Civil Veterinary Dept. North-West Frontier Province 1923-32 - 1923-1932
Year: 1923
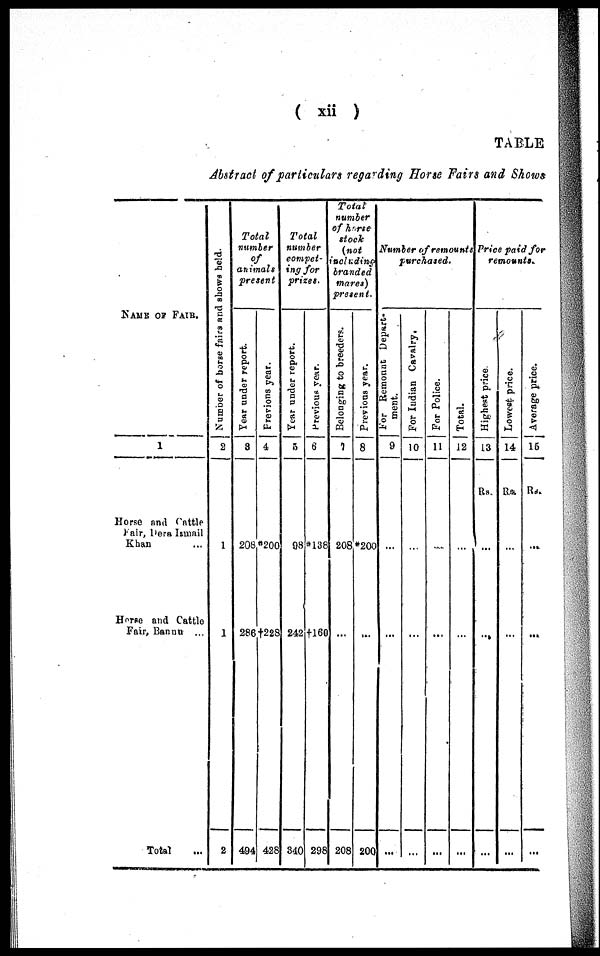
( xii )
TABLE
Abstract of particulars regarding Horse Fairs and Shows
NAME OF FAIR.
1
Horse and Cattle
Fair, Dera Ismail
Khan ...
Horse and Cattle
Fair, Bannu ...
Total ...
Nu mb e r of h o r s e fai rs and shows held.
2
1
1
2
Total
number
of
animals
present
Year under report.
3
208
286
494
Previons year.
4
*200
†228
428
Total
number
compet-
ing for
prizes.
Year under report.
5
98
242
340
Previous year.
6
*138
†160
298
Total
number
of horse
stock
(not
including
branded
mares)
present.
Belonging to breeders.
7
208
...
208
Previous year.
8
*200
...
200
Number of remounts
purchased.
For Remount Depart-
ment.
9
...
...
...
For Indian Cavalry.
10
...
...
...
For Police.
11
...
...
...
Total.
12
...
...
...
Price paid for
remounts.
Highest price.
13
Rs.
...
...
...
Lowest price.
14
Rs.
...
...
...
Average price.
15
Rs.
...
...
...